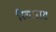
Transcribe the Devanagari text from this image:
रियातट